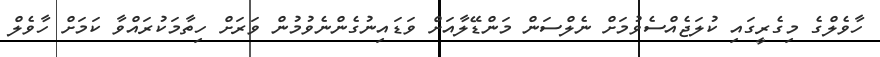
ހާވެލްގެ މިގެރީގައި ކުލަޖެއްސެވުމަށް ނެލްސަން މަންޑޭލާއަށް ވަޑައިނުގެންނެވުމުން ވަރަށް ހިތާމަކުރައްވާ ކަމަށް ހާވެލް